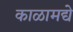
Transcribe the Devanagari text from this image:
काळामद्ये